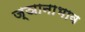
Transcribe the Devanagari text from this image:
ज्ञानाभाव